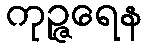
ကုဉ္ဇရေန